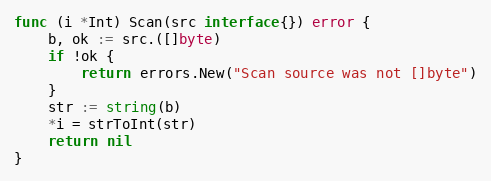
Language: Go
func (i *Int) Scan(src interface{}) error {
	b, ok := src.([]byte)
	if !ok {
		return errors.New("Scan source was not []byte")
	}
	str := string(b)
	*i = strToInt(str)
	return nil
}